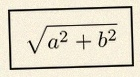
\sqrt{a^2+b^2}